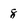
Character: 8